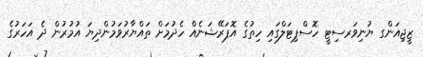
ޒީޖިއަންގ ޔުނިވަރސިޓީ ހޮސްޕިޓަލްގައި ހިތުގެ އޮޕަރޭޝަނެއް ހެދުމަށް ތައްޔާރުވަމުންދިޔަ އުމުރުން ދެ އަހަރުގެ